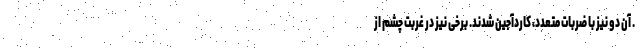
. آن دو نیز با ضربات متعدد، کارد‌آجین شدند. برخی نیز در غربت چشم از